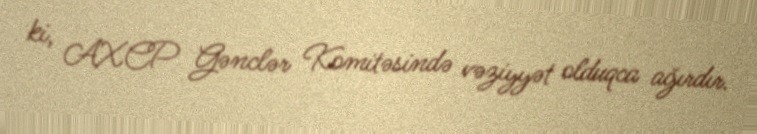
ki, AXCP Gənclər Komitəsində vəziyyət olduqca ağırdır.